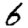
Digit: 6